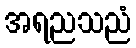
အရညသညံ